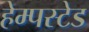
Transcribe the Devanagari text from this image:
हेम्पस्टेड